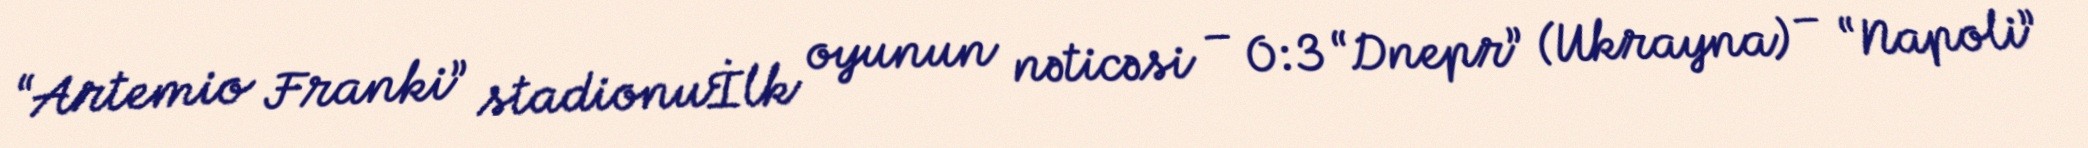
“Artemio Franki” stadionuİlk oyunun nəticəsi – 0:3 “Dnepr” (Ukrayna) – “Napoli”